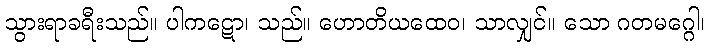
သွားရာခရီးသည်။ ပါကဋော၊ သည်။ ဟောတိယထေဝ၊ သာလျှင်။ သော ဂတမဂ္ဂေါ၊